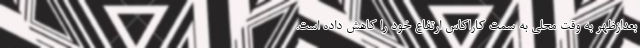
بعدازظهر به وقت محلی به سمت کاراکاس ارتفاع خود را کاهش داده است.